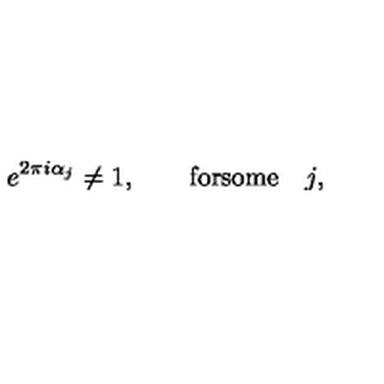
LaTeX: e ^ { 2 \pi i \alpha _ { j } } \neq 1 , \qquad \mathrm { f o r s o m e } \quad j ,